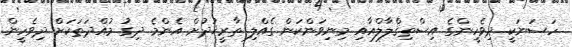
ހަސަނަކީ ދިވެހީންގެ އިސްތިޤްލާލްއާއި މިނިވަންކަން ގެއްލި ތާރީޚުދުށް އެންމެ ދިގު މުއްދަތަކަށް ދިވެހީން